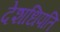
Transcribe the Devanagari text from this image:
देशधिपति